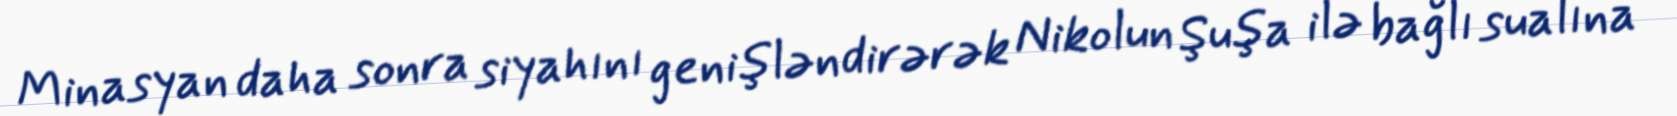
Minasyan daha sonra siyahını genişləndirərək Nikolun Şuşa ilə bağlı sualına